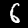
Label: 6